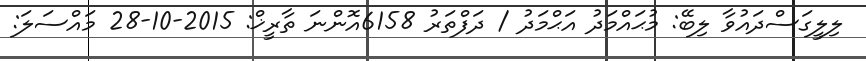
ލިލީގަސްދައުވާ ލިބޭ: މުޙައްމަދު އަޙްމަދު / ދަފްތަރު 6158އޮންނަ ތާރީޚް: 2015-10-28 މައްސަލަ: